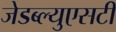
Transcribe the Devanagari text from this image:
जेडब्ल्युएसटी